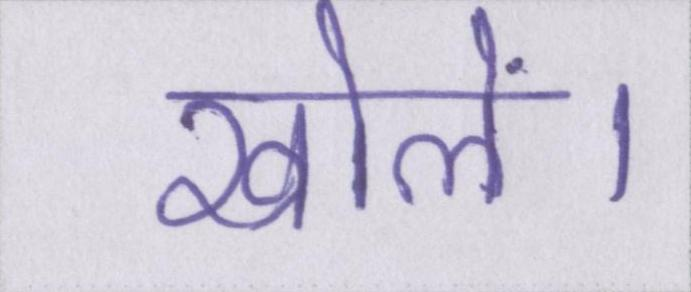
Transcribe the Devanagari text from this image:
खोलें।